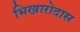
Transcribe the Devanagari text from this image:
भिखारोदास